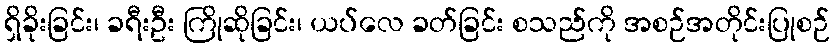
ရှိခိုးခြင်း၊ ခရီးဦး ကြိုဆိုခြင်း၊ ယပ်လေ ခတ်ခြင်း စသည်ကို အစဉ်အတိုင်းပြုစဉ်